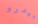
بيدرو